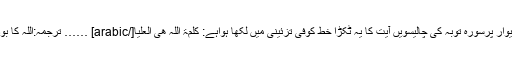
مزار کی مغربی دیوار پرسورہ توبہ کی چالیسویں آیت کا یہ ٹکڑا خط کوفی تزئینی میں لکھا ہواہے: کَلِمَۃُ الّٰلہِ ھِیَ الْعُلْیَا[/arabic] …… ترجمہ:اللہ کا بول تو اونچا ہی ہے۔